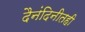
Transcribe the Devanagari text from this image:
दैनंदिनीतही